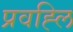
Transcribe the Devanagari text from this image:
प्रवह्लि